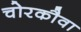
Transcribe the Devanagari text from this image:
चोरकौवा